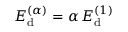
E _ { \mathrm d } ^ { ( \alpha ) } = \alpha \, E _ { \mathrm d } ^ { ( 1 ) }